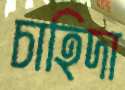
চাহিদা